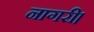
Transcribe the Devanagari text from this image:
नागरी।